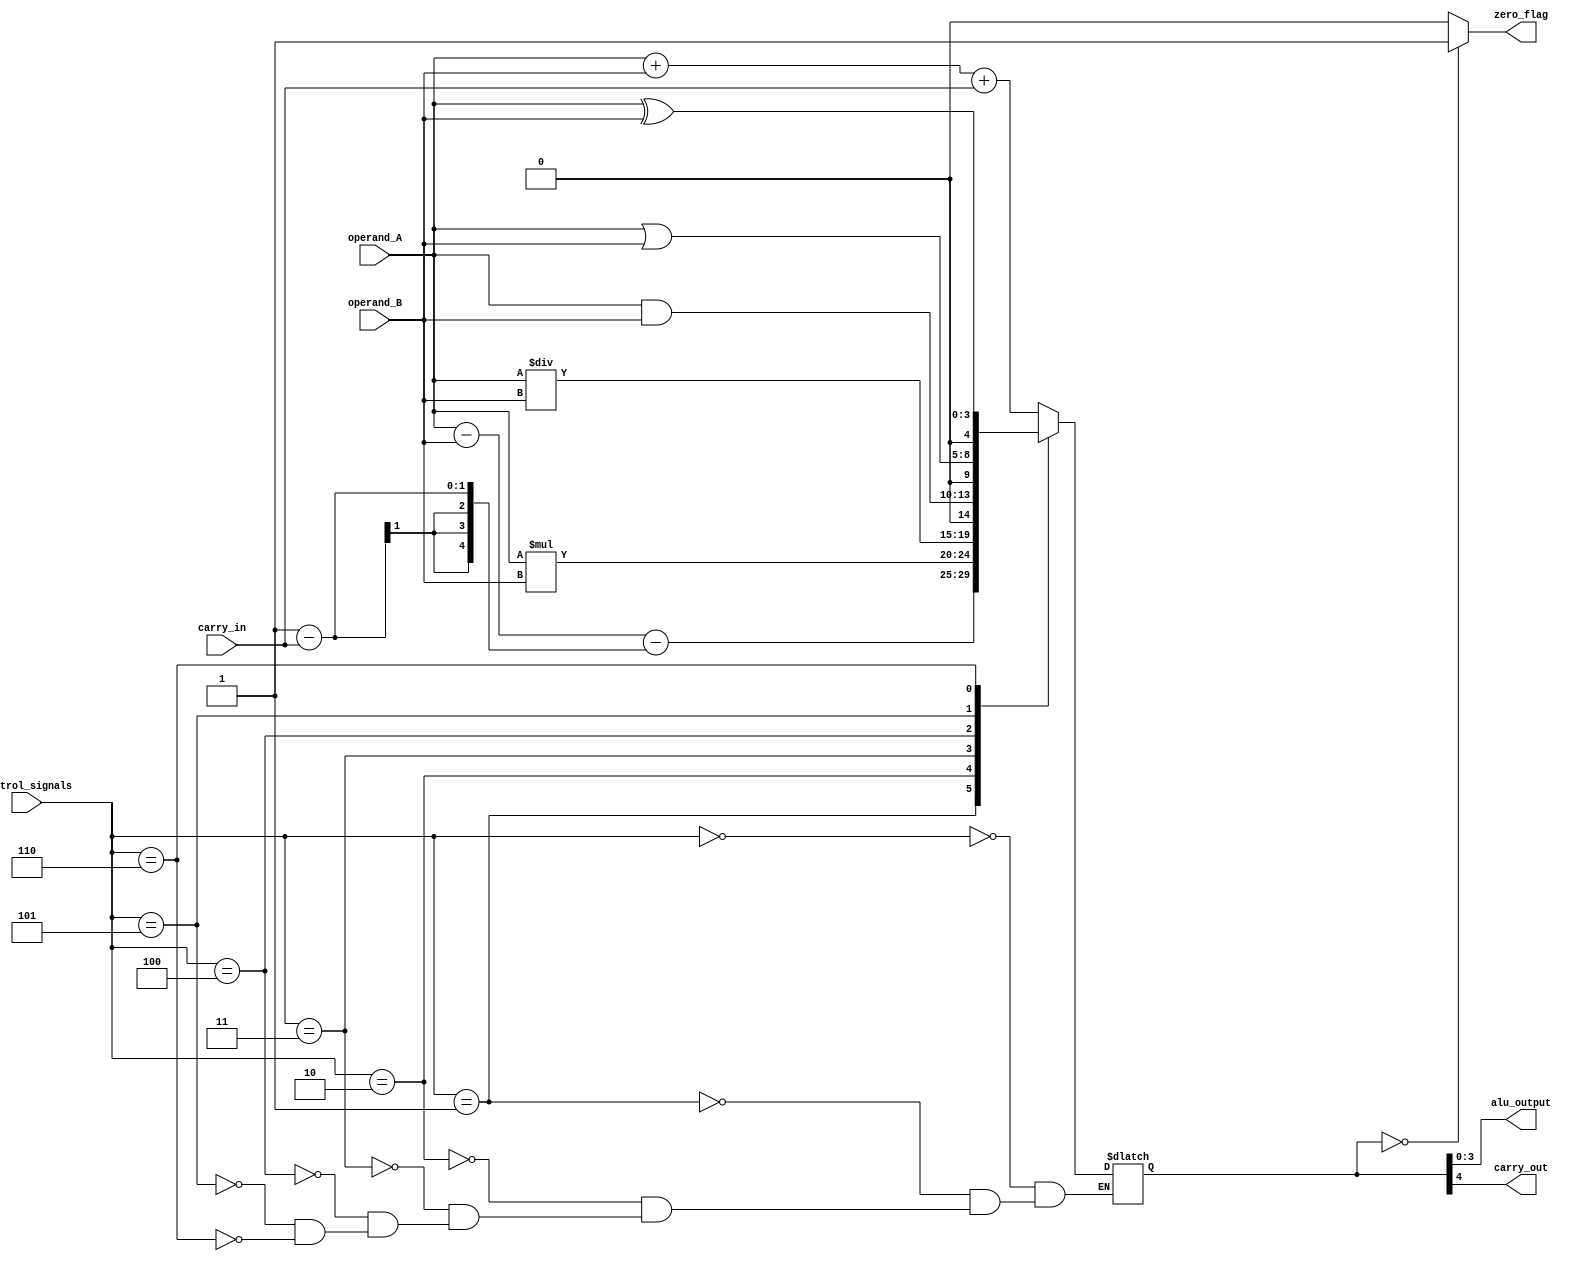
module ALU(input [3:0] operand_A, input [3:0] operand_B, input [2:0] control_signals, input carry_in,
            output reg [3:0] alu_output, output zero_flag, output carry_out);

    reg [4:0] result;
    
    always @(*)
    begin
        case(control_signals)
            3'b000: result = operand_A + operand_B + carry_in;
            3'b001: result = operand_A - operand_B - (1 - carry_in);
            3'b010: result = operand_A * operand_B;
            3'b011: result = operand_A / operand_B;
            3'b100: result = operand_A & operand_B;
            3'b101: result = operand_A | operand_B;
            3'b110: result = operand_A ^ operand_B;
        endcase
    end
    
    assign alu_output = result[3:0];
    assign zero_flag = (result == 4'b0000) ? 1'b1 : 1'b0;
    assign carry_out = result[4];
   
endmodule